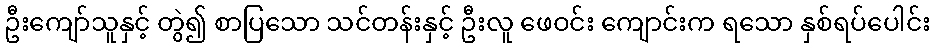
ဦးကျော်သူနှင့် တွဲ၍ စာပြသော သင်တန်းနှင့် ဦးလူ ဖေဝင်း ကျောင်းက ရသော နှစ်ရပ်ပေါင်း